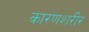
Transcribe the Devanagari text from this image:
कारणशरीर